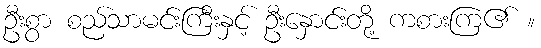
ဦးစွာ စည်သာမင်းကြီးနှင့် ဦးနှောင်းတို့ ကစားကြ၏ ။